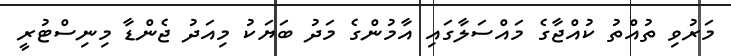
މަރުވި ތުއްތު ކުއްޖާގެ މައްސަލާގައި އާމުންގެ މަދު ބަޔަކު މިއަދު ޖެންޑާ މިނިސްޓުރީ